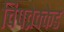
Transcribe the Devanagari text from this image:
चिपव्रेक्केड